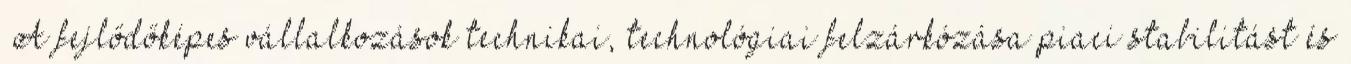
▪A fejlődőképes vállalkozások technikai, technológiai felzárkózása piaci stabilitást és